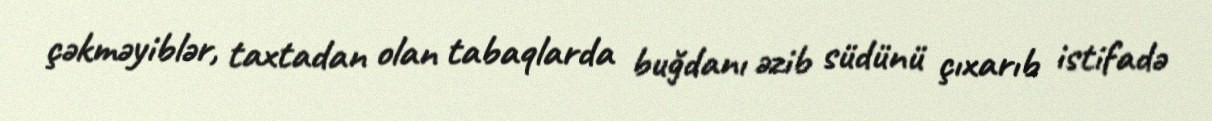
çəkməyiblər, taxtadan olan tabaqlarda buğdanı əzib südünü çıxarıb istifadə